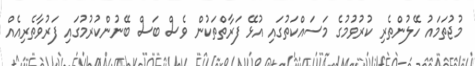
މުޖުތަމައު ހޭލުންތެރި ކުރުވުމުގެ މަސައްކަތުގައި އުޅޭ ފަރާތްތަކުން ވެސް ބަސް ބޭނުންކުރުމުގައި ފަރުވާތެރިއެއް